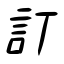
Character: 訂